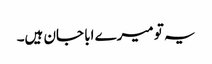
یہ تو میرے ابا جان ہیں۔